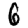
Digit: 6